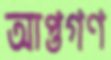
আপ্তগণ